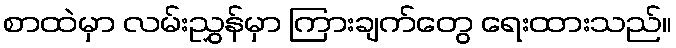
စာထဲမှာ လမ်းညွှန်မှာ ကြားချက်တွေ ရေးထားသည်။